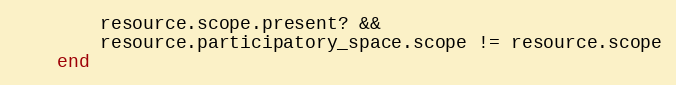
Language: Ruby
        resource.scope.present? &&
        resource.participatory_space.scope != resource.scope
    end